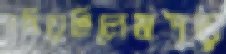
দমিয়েছিলেমপড়